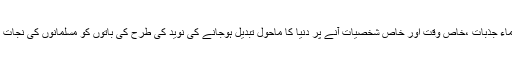
مذہب میں بھی غالب ترین علماء جذبات ،خاص وقت اور خاص شخصیات آنے پر دنیا کا ماحول تبدیل ہوجانے کی نوید کی طرح کی باتوں کو مسلمانوں کی نجات کی راہ سے تعبیر کرتے ہیں۔